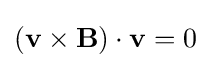
(\mathbf {v} \times \mathbf {B} )\cdot \mathbf {v} =0